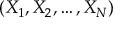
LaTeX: ( X _ { 1 } , X _ { 2 } , \dots , X _ { N } )